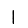
Digit: 1